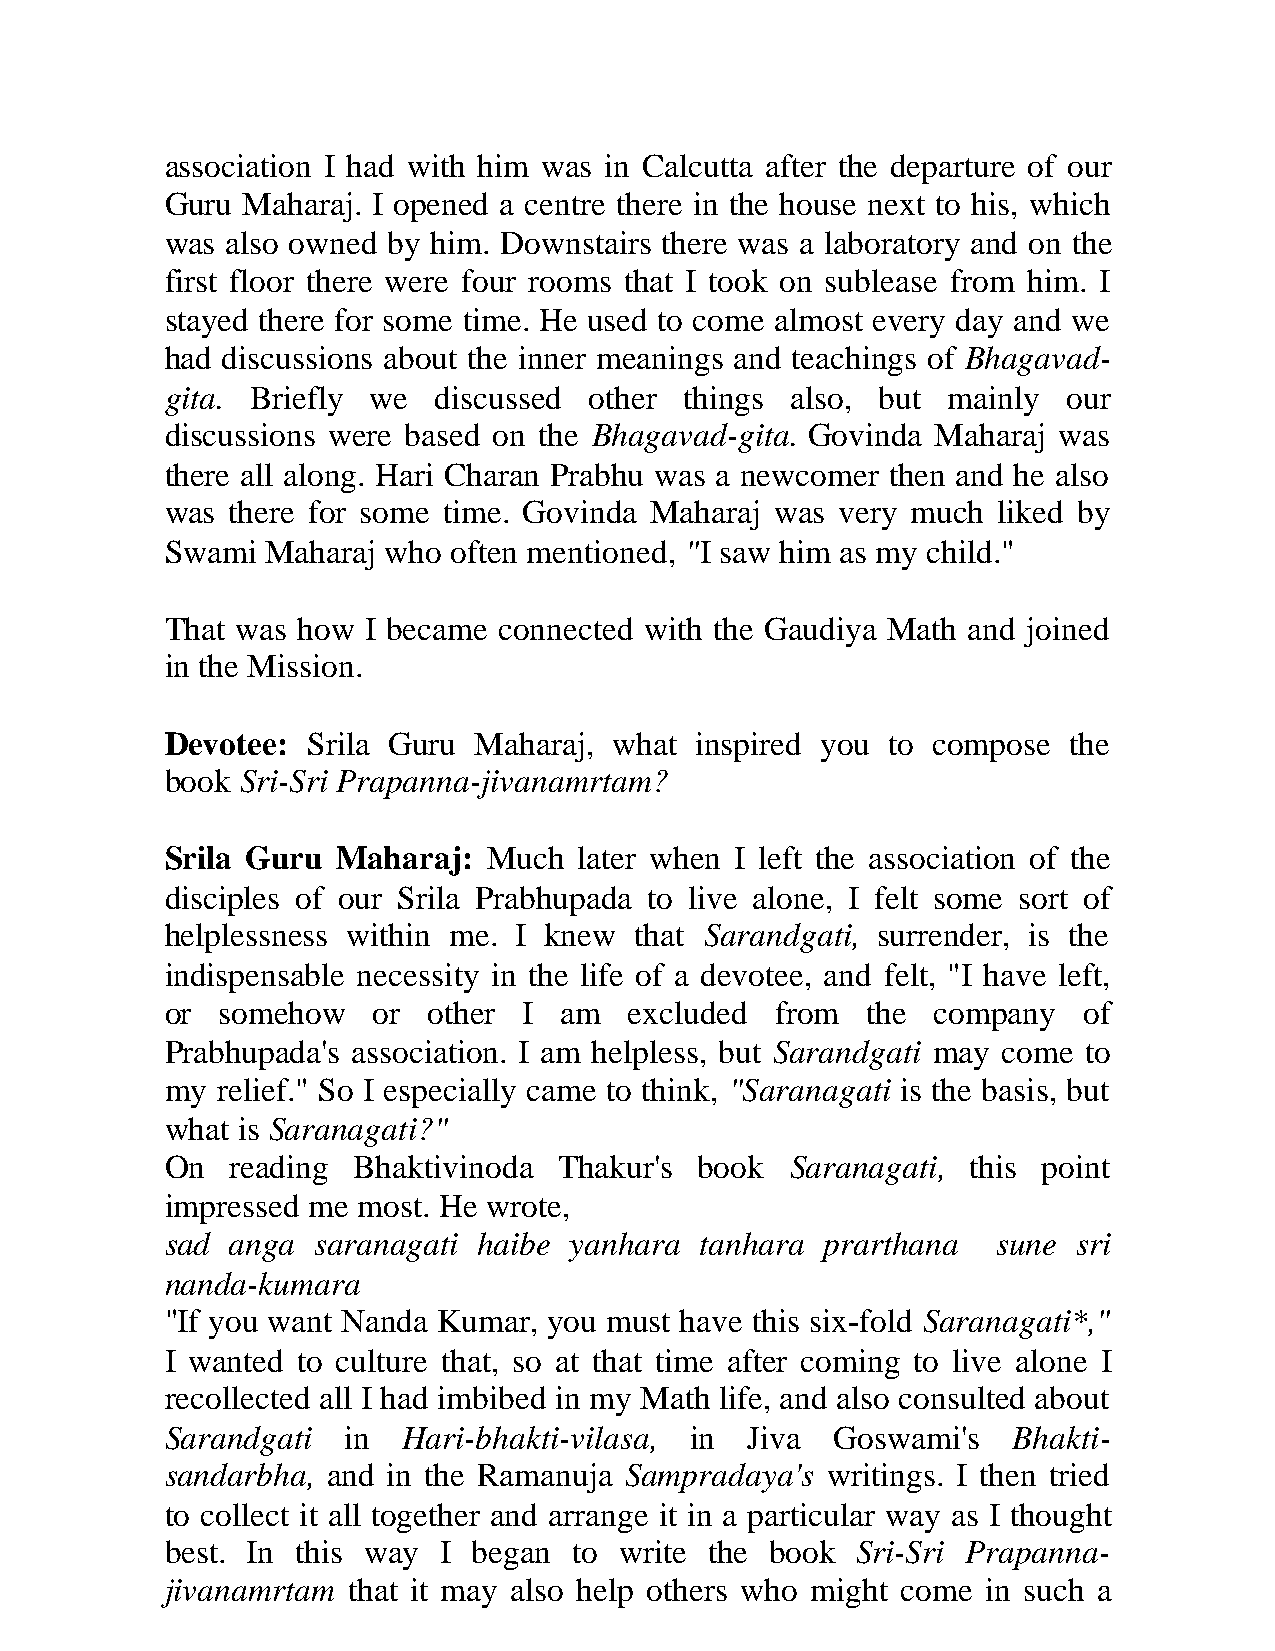
association I had with him was in Calcutta after the departure of our
 Guru Maharaj. I opened a centre there in the house next to his, which
 was also owned by him. Downstairs there was a laboratory and on the
 first floor there were four rooms that I took on sublease from him. I
 stayed there for some time. He used to come almost every day and we
 had discussions about the inner meanings and teachings of Bhagavad-
 gita. Briefly we  discussed other things also, but  mainly  our
 discussions were based on the Bhagavad-gita. Govinda Maharaj was
 there all along. Hari Charan Prabhu was a newcomer then and he also
 was there for some time. Govinda Maharaj was very much liked by
 Swami  Maharaj who often mentioned, "I saw him as my child."
 That was how I became connected with the Gaudiya Math and joined
 in the Mission.
 Devotee: Srila Guru Maharaj,  what inspired you to compose  the
 book Sri-Sri Prapanna-jivanamrtam?
 Srila Guru Maharaj:  Much  later when I left the association of the
 disciples of our Srila Prabhupada to live alone, I felt some sort of
 helplessness within me. I knew that Sarandgati, surrender, is the
 indispensable necessity in the life of a devotee, and felt, "I have left,
 or  somehow   or other  I am   excluded from  the  company   of
 Prabhupada's association. I am helpless, but Sarandgati may come to
 my relief." So I especially came to think, "Saranagati is the basis, but
 what is Saranagati?"
 On  reading Bhaktivinoda  Thakur's book  Saranagati, this point
 impressed me most. He wrote,
 sad anga  saranagati haibe yanhara tanhara  prarthana  sune sri
 nanda-kumara
 "If you want Nanda Kumar, you must have this six-fold Saranagati*,"
 I wanted to culture that, so at that time after coming to live alone I
 recollected all I had imbibed in my Math life, and also consulted about
 Sarandgati  in  Hari-bhakti-vilasa, in Jiva Goswami's   Bhakti-
 sandarbha, and in the Ramanuja Sampradaya's writings. I then tried
 to collect it all together and arrange it in a particular way as I thought
 best. In this way I began  to write the book  Sri-Sri Prapanna-
 jivanamrtam that it may also help others who might come in such a